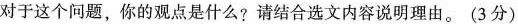
对于这个问题。你的观点是什么?请结合选文内容说明理由。(3分)